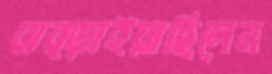
ঘাব্‌ড়াইয়াছিলেন